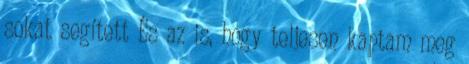
sokat segített És az is, hogy teljesen kaptam meg